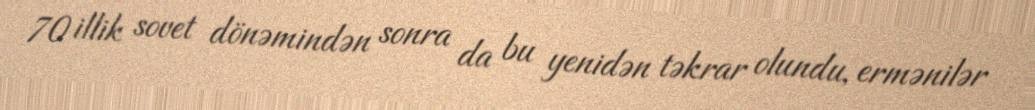
70 illik sovet dönəmindən sonra da bu yenidən təkrar olundu, ermənilər